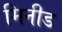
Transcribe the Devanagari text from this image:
मिनीड